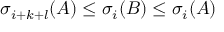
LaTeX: \sigma _ { i + k + l } ( A ) \leq \sigma _ { i } ( B ) \leq \sigma _ { i } ( A )